Civil Veterinary Dept. Bombay admin report 1900-1906 - 1900-1906
Year: 1900
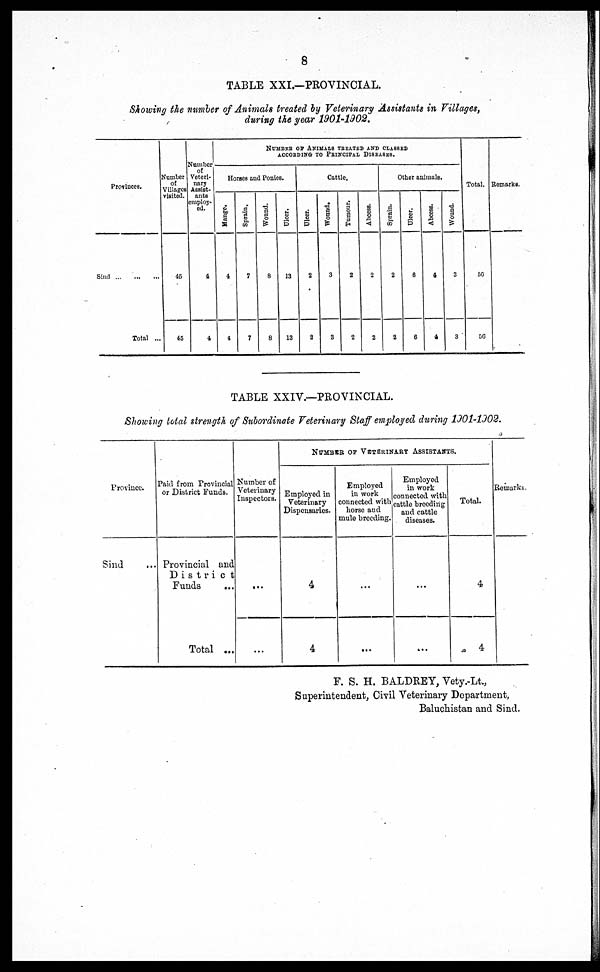
8
TABLE XXI.—PROVINCIAL.
Showing the number of Animals treated by Veterinary Assistants in Villages,
during the year 1901-1902.
Provinces.
Sind ... ... ...
Total ...
Number
of
Villages
visited.
45
45
Number
of
Veteri-
nary
Assist-
ants
employ-
ed.
4
4
NUMBER OF ANIMALS TREATED AND CLASSED
ACCOEDING TO PRINCIPAL DISEASES.
Horses and Ponies.
Mange.
4
4
Sprain.
7
7
Wound.
8
8
Ulcer.
13
13
Cattle.
Ulcer.
2
2
Wound.
3
3
Tumour.
2
2
Aboees.
2
2
Other animals.
Sprain.
2
2
Ulecr.
6
6
Abccas.
4
4
Wound.
3
3
Total.
56
56
Remarks.
TABLE XXIV.—PROVINCIAL.
Showing total strength of Subordinate Veterinary Staff employed during 1901-1902.
Province.
Sind ...
Paul from Provincial
or District Funds.
Provincial and
District
Funds ...
Total ...
Number of
Veterinary
Inspectors.
...
...
NUMBER OF VETERINARY ASSISTANTS.
Employed in
Veterinary
Dispensaries.
4
4
Employed
in work
connected with
horse and
mule breeding.
...
...
Employed
in work
connected with
cattle breeding
and cattle
diseases.
...
...
Total.
4
4
Remarks.
F. S. H. BALDREY, Vety.-Lt.,
Superintendent, Civil Veterinary Department,
Baluchistan and Sind.